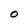
Character: O